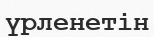
үрленетін